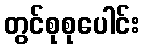
တွင်စုစုပေါင်း